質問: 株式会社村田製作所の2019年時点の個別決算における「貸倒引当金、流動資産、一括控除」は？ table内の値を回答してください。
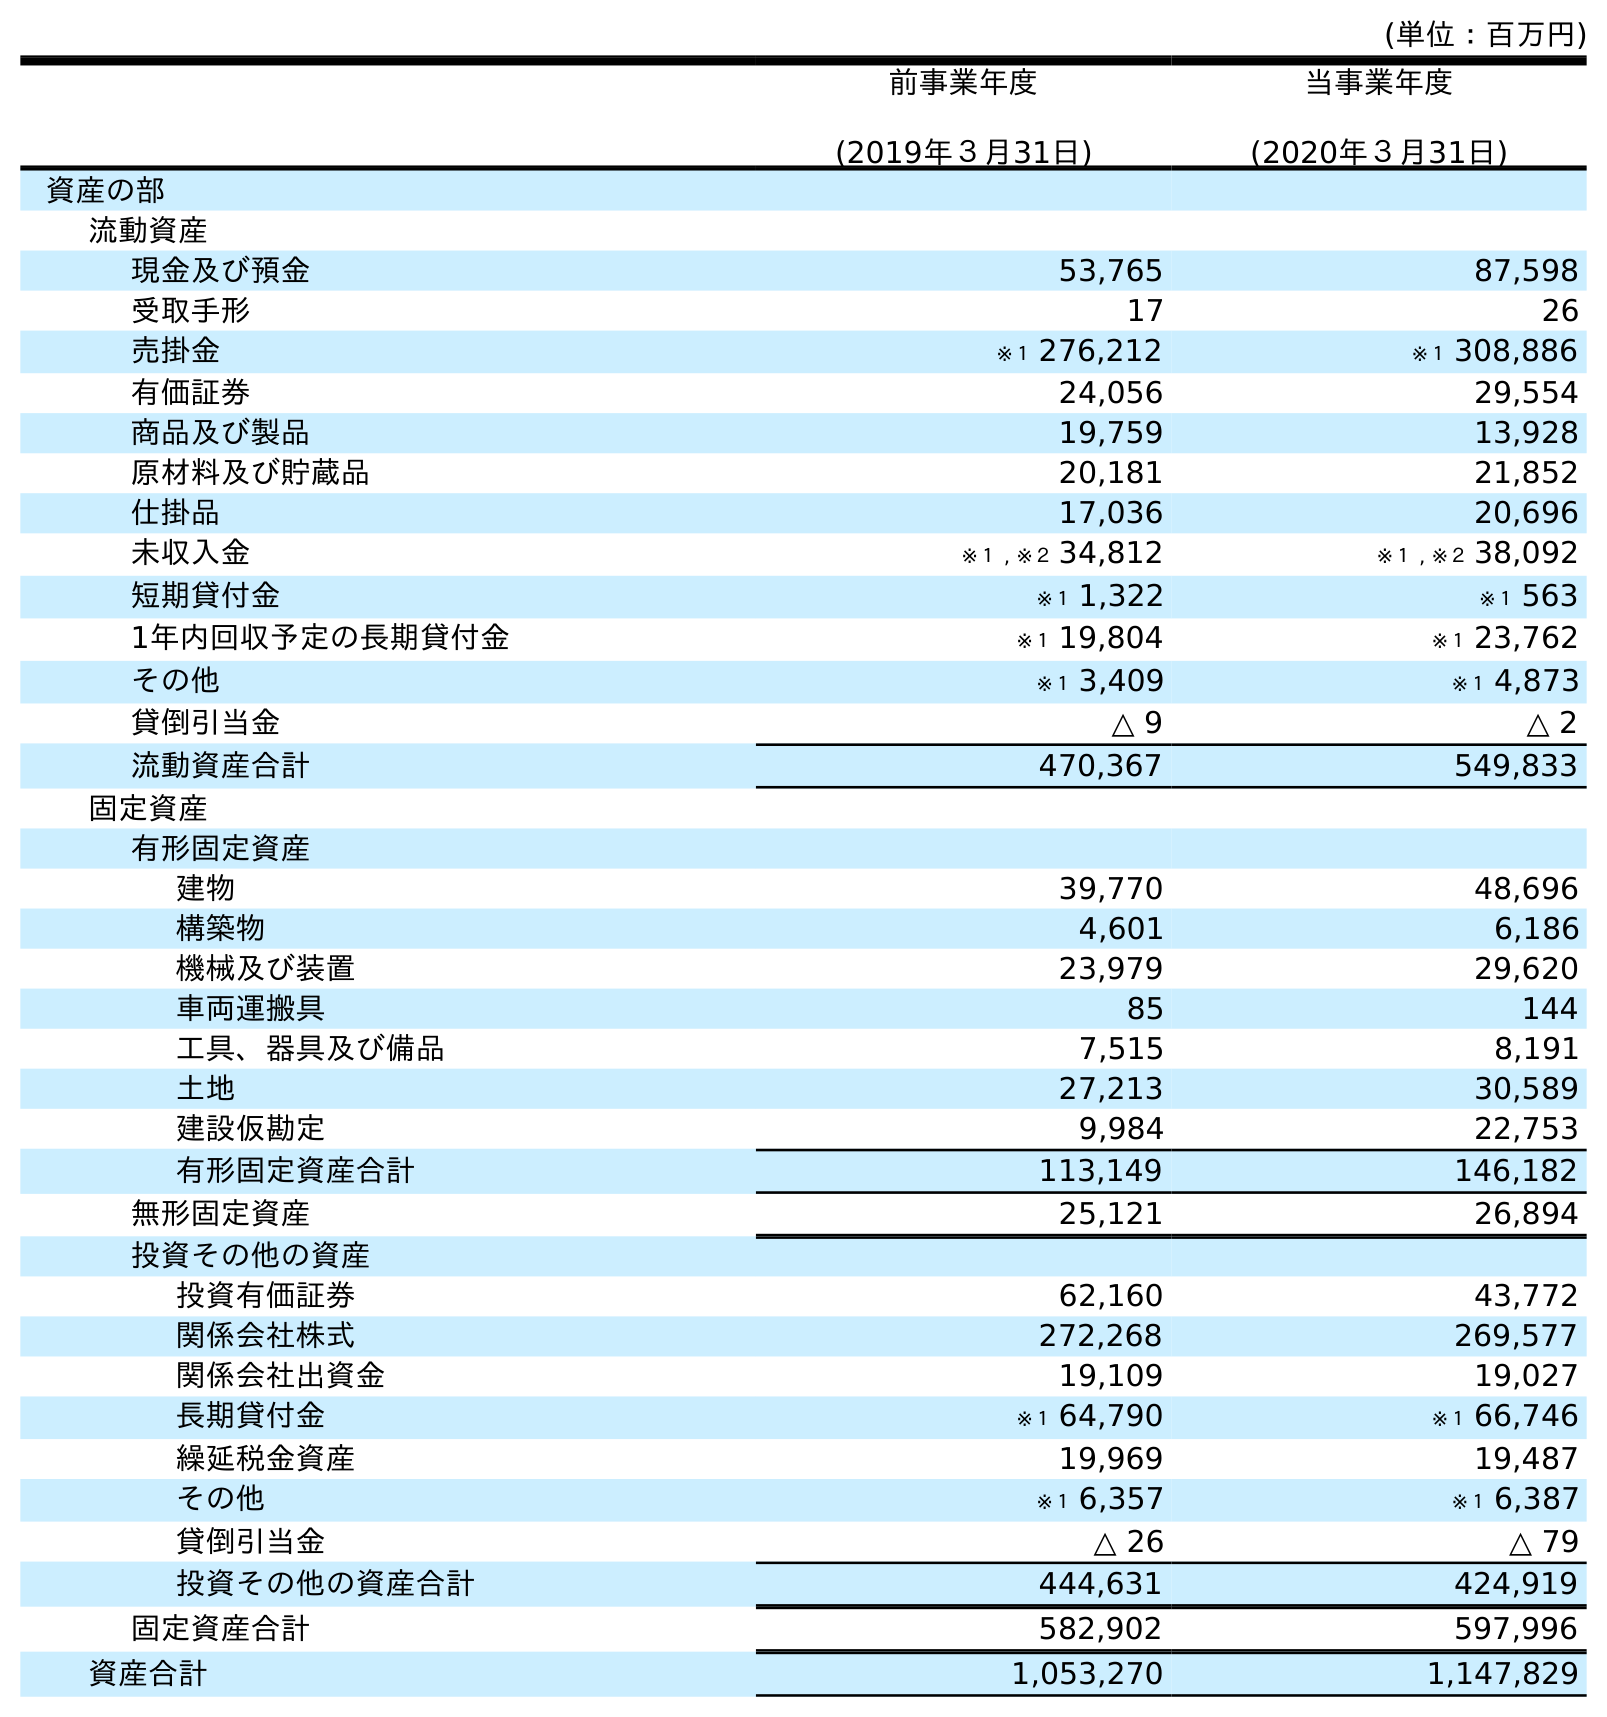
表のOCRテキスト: (単位：百万円) 前事業年度 (2019年３月31日) 当事業年度 (2020年３月31日) 資産の部 流動資産 現金及び預金 53,765 87,598 受取手形 17 26 売掛金 ※１ 276,212 ※１ 308,886 有価証券 24,056 29,554 商品及び製品 19,759 13,928 原材料及び貯蔵品 20,181 21,852 仕掛品 17,036 20,696 未収入金 ※１ , ※２ 34,812 ※１ , ※２ 38,092 短期貸付金 ※１ 1,322 ※１ 563 1年内回収予定の長期貸付金 ※１ 19,804 ※１ 23,762 その他 ※１ 3,409 ※１ 4,873 貸倒引当金 △ 9 △ 2 流動資産合計 470,367 549,833 固定資産 有形固定資産 建物 39,770 48,696 構築物 4,601 6,186 機械及び装置 23,979 29,620 車両運搬具 85 144 工具、器具及び備品 7,515 8,191 土地 27,213 30,589 建設仮勘定 9,984 22,753 有形固定資産合計 113,149 146,182 無形固定資産 25,121 26,894 投資その他の資産 投資有価証券 62,160 43,772 関係会社株式 272,268 269,577 関係会社出資金 19,109 19,027 長期貸付金 ※１ 64,790 ※１ 66,746 繰延税金資産 19,969 19,487 その他 ※１ 6,357 ※１ 6,387 貸倒引当金 △ 26 △ 79 投資その他の資産合計 444,631 424,919 固定資産合計 582,902 597,996 資産合計 1,053,270 1,147,829
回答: △9